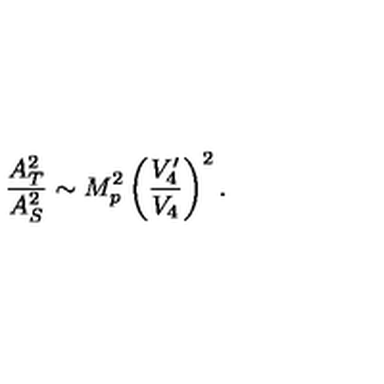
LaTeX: \frac { A _ { T } ^ { 2 } } { A _ { S } ^ { 2 } } \sim M _ { p } ^ { 2 } \left( \frac { V _ { 4 } ^ { \prime } } { V _ { 4 } } \right) ^ { 2 } .